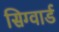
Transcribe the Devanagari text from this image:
सिग्वार्ड